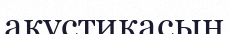
акустикасын